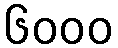
၆၀၀၀